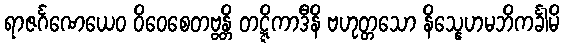
ရာဇင်္ဂဏေယေဝ ဝိဝေစေတဗ္ဗန္တိ တဋ္ဋိကာဒီနိ ဗဟုတ္တသော နိသ္နေဟမဘိကင်္ခါမိ